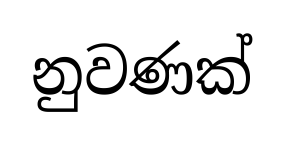
නුවණක්